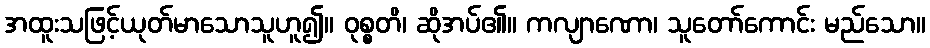
အထူးသဖြင့်ယုတ်မာသောသူဟူ၍။ ဝုစ္စတိ၊ ဆိုအပ်၏။ ကလျာဏော၊ သူတော်ကောင်း မည်သော။